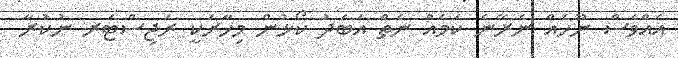
އެއްވެސް ނޫހެއް ނެރޭނެ ކަމެއް ނެތް އަބަދު ކޯޅުން މިހާރަކީ ރަޖިސްޓަރ ނުކުރާ